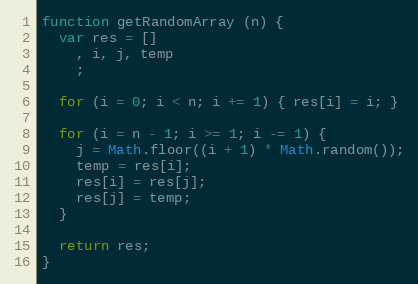
Language: JavaScript
function getRandomArray (n) {
  var res = []
    , i, j, temp
    ;

  for (i = 0; i < n; i += 1) { res[i] = i; }

  for (i = n - 1; i >= 1; i -= 1) {
    j = Math.floor((i + 1) * Math.random());
    temp = res[i];
    res[i] = res[j];
    res[j] = temp;
  }

  return res;
}